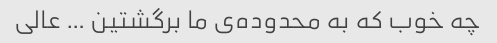
چه خوب که به محدوده‌ی ما برگشتین … عالی